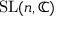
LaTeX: \operatorname { S L } ( n , \mathbb { C } )